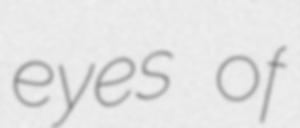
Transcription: eyes of